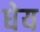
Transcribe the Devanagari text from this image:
धेय